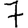
Digit: 7